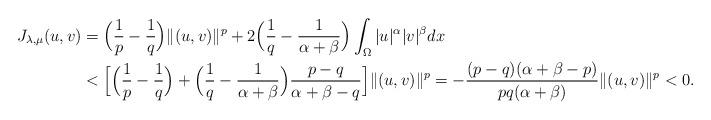
LaTeX: \begin{align*}J_{\lambda,\mu}(u,v)&=\Big(\frac{1}{p}-\frac{1}{q}\Big)\|(u,v)\|^p+2\Big(\frac{1}{q}-\frac{1}{\alpha+\beta} \Big)\int_\Omega |u|^{\alpha}|v|^\beta dx \\&<\Big[\Big(\frac{1}{p}-\frac{1}{q}\Big)+\Big(\frac{1}{q}-\frac{1}{\alpha+\beta}\Big)\frac{p-q}{ \alpha+\beta -q}\Big]\|(u,v)\|^p=-\frac{(p-q)(\alpha+\beta-p)}{pq(\alpha+\beta)}\|(u,v)\|^p<0.\end{align*}